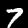
Label: 7